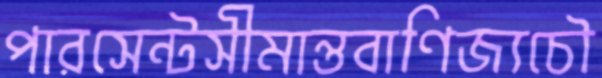
পারসেন্টসীমান্তবাণিজ্যচৌ